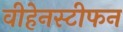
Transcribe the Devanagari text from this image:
वीहेनस्टीफन